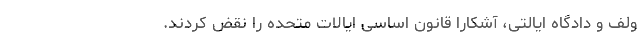
ولف و دادگاه ایالتی، آشکارا قانون اساسی ایالات متحده را نقض کردند.